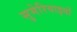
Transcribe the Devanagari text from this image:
सुमेरियाइयों